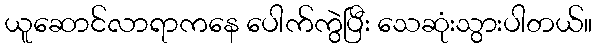
ယူဆောင်လာရာကနေ ပေါက်ကွဲပြီး သေဆုံးသွားပါတယ်။